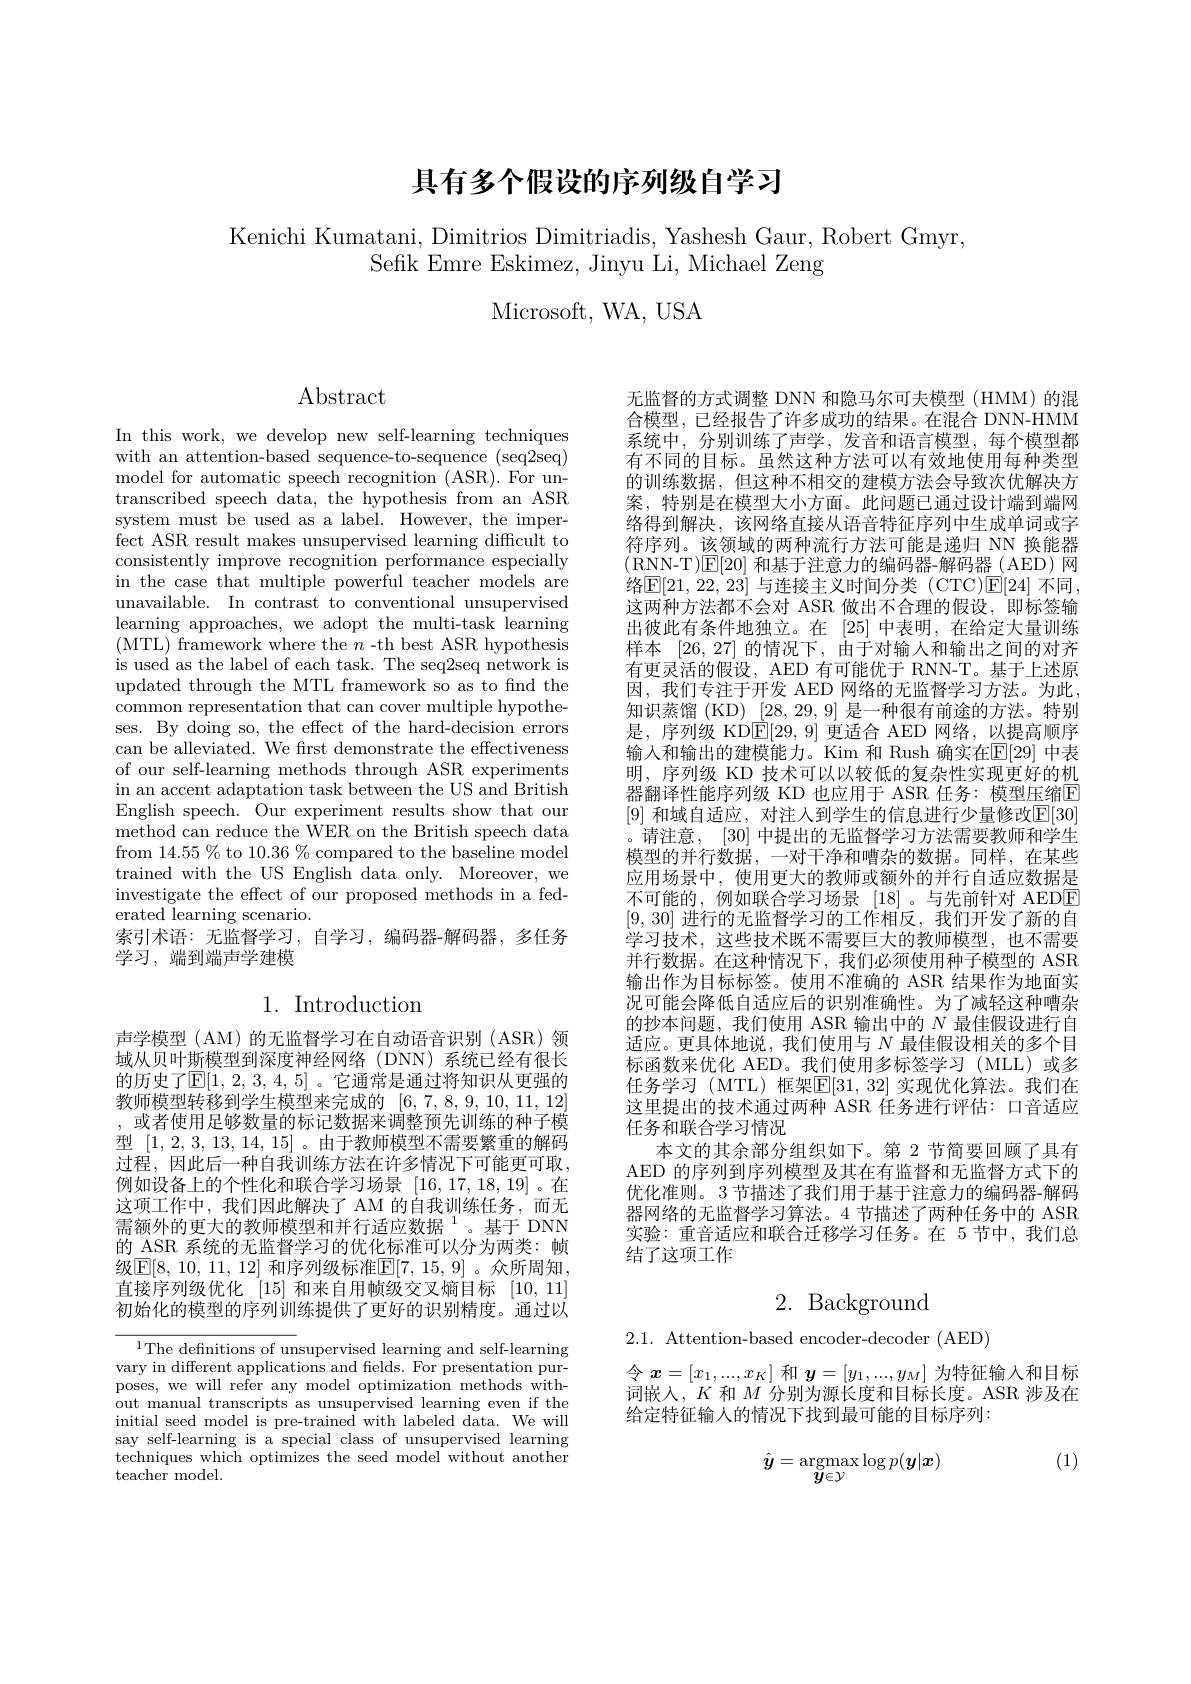
# 具有多个假设的序列级自学习

# Kenichi Kumatani, Dimitrios Dimitriadis, Yashesh Gaur, Robert Gmyr, Sefik Emre Eskimez, Jinyu Li, Michael Zeng

Microsoft, WA, USA

$\operatorname{Abstract}$

In this work, we develop new self-learning techniques with an attention-based sequence-to-sequence (seq2seq) model for automatic speech recognition (ASR). For untranscribed speech data, the hypothesis from an ASR system must be used as a label. However, the imperfect ASR result makes unsupervised learning difficult to consistently improve recognition performance especially in the case that multiple powerful teacher models are unavailable. In contrast to conventional unsupervised learning approaches, we adopt the multi-task learning (MTL) framework where the $n$-th best ASR hypothesis is used as the label of each task. The seq2seq network is updated through the MTL framework so as to find the common representation that can cover multiple hypotheses. By doing so, the effect of the hard-decision errors can be alleviated. We frst demonstrate the effectiveness of our self-learning methods through ASR experiments in an accent adaptation task between the US and British English speech. Our experiment results show that our method can reduce the WER on the British speech data from 14.55 % to 10.36 % compared to the baseline model trained with the US English data only. Moreover, we investigate the effect of our proposed methods in a federated learning scenario.
索引术语：无监督学习，自学习，编码器-解码器，多任务
学习，端到端声学建模

# 1. Introduction

声学模型 (AM) 的无监督学习在自动语音识别 (ASR)领域从贝叶斯模型到深度神经网络(DNN)系统已经有很长的历史了$\mathbb{E}[1,2,3,4,5]$。它通常是通过将知识从更强的教师模型转移到学生模型来完成的[6,7,8,9,10,11,12] ,或者使用足够数量的标记数据来调整预先训练的种子模型[1,2,3,13,14,15] 。由于教师模型不需要繁重的解码过程，因此后一种自我训练方法在许多情况下可能更可取， 例如设备上的个性化和联合学习场景[16,17,18,19]。在这项工作中，我们因此解决了 AM 的自我训练任务，而无需额外的更大的教师模型和并行适应数据$^{1}$。基于 DNN 的 ASR 系统的无监督学习的优化标准可以分为两类：帧级$\boxed{\mathrm{F}}[8,10,11,12]$ 和序列级标准$\boxed{\mathrm{E}}[7,15,9]$ 。众所周知， 直接序列级优化 [15] 和来自用帧级交叉熵目标 [10,11] 初始化的模型的序列训练提供了更好的识别精度。通过以

$^{1}$The definitions of unsupervised learning and self-learning vary in different applications and fields. For presentation purposes, we will refer any model optimization methods without manual transcripts as unsupervised learning even if the initial seed model is pre-trained with labeled data. We will say self-learning is a special class of unsupervised learning techniques which optimizes the seed model without another teacher model.

无监督的方式调整 DNN 和隐马尔可夫模型(HMM)的混合模型，已经报告了许多成功的结果。在混合 DNN-HMM 系统中，分别训练了声学，发音和语言模型，每个模型都有不同的目标。虽然这种方法可以有效地使用每种类型的训练数据，但这种不相交的建模方法会导致次优解决方案，特别是在模型大小方面。此问题已通过设计端到端网络得到解决，该网络直接从语音特征序列中生成单词或字符序列。该领域的两种流行方法可能是递归 NN 换能器(RNN- T)[E[20]和基于注意力的编码器-解码器(AED)网络$\mathbb{E}[21,22,23]$ 与连接主义时间分类 (CTC)☑[24] 不同 , 这两种方法都不会对 ASR 做出不合理的假设，即标签输出彼此有条件地独立。在[25]中表明，在给定大量训练样本[26,27]的情况下，由于对输人和输出之间的对齐有更灵活的假设，AED 有可能优于 RNN-T。基于上述原因，我们专注于开发 AED 网络的无监督学习方法。为此， 知识蒸馏(KD)\_[28,29,9]\_是一种很有前途的方法。特别是，序列级 KD$\overline{\mathbb{E}}[29,9]$更适合 AED 网络，以提高顺序输入和输出的建模能力。Kim 和 Rush 确实在$\mathbb{E}[29]$ 中表明，序列级 KD 技术可以以较低的复杂性实现更好的机器翻译性能序列级 KD 也应用于 ASR 任务：模型压缩$\overline{\mathrm{E}}$ [9] 和域自适应，对注人到学生的信息进行少量修改$\mathbb{E}[30]$ 。请注意，[30]中提出的无监督学习方法需要教师和学生模型的并行数据，一对干净和嘈杂的数据。同样，在某些应用场景中，使用更大的教师或额外的并行自适应数据是不可能的，例如联合学习场景 [18]。与先前针对 AEDE [9,30]进行的无监督学习的工作相反，我们开发了新的自学习技术，这些技术既不需要巨大的教师模型，也不需要并行数据。在这种情况下，我们必须使用种子模型的 ASR 输出作为目标标签。使用不准确的 ASR 结果作为地面实况可能会降低自适应后的识别准确性。为了减轻这种嘈杂的抄本问题，我们使用 ASR 输出中的$N$最佳假设进行自适应。更具体地说，我们使用与$N$最佳假设相关的多个目标函数来优化 AED。我们使用多标签学习(MLL)或多任务学习 (MTL) 框架E[31,32] 实现优化算法。我们在这里提出的技术通过两种 ASR 任务进行评估：口音适应任务和联合学习情况
本文的其余部分组织如下。第 2 节简要回顾了具有AED 的序列到序列模型及其在有监督和无监督方式下的优化准则。3 节描述了我们用于基于注意力的编码器-解码器网络的无监督学习算法。4 节描述了两种任务中的 ASR 实验：重音适应和联合迁移学习任务。在 5 节中，我们总结了这项工作

2. Background

2.1. Attention-based encoder-decoder (AED)

令$\boldsymbol x=[x_1,...,x_K]$和$\boldsymbol y=[y_1,...,y_M]$为特征输入和目标词嵌入，$K$和$M$分别为源长度和目标长度。ASR 涉及在给定特征输人的情况下找到最可能的目标序列：

(1)
$$\hat{\boldsymbol{y}}=\underset{\boldsymbol{y}\in\mathcal{Y}}{\operatorname*{argmax}}\log p(\boldsymbol{y}|\boldsymbol{x})$$